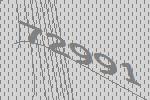
72991